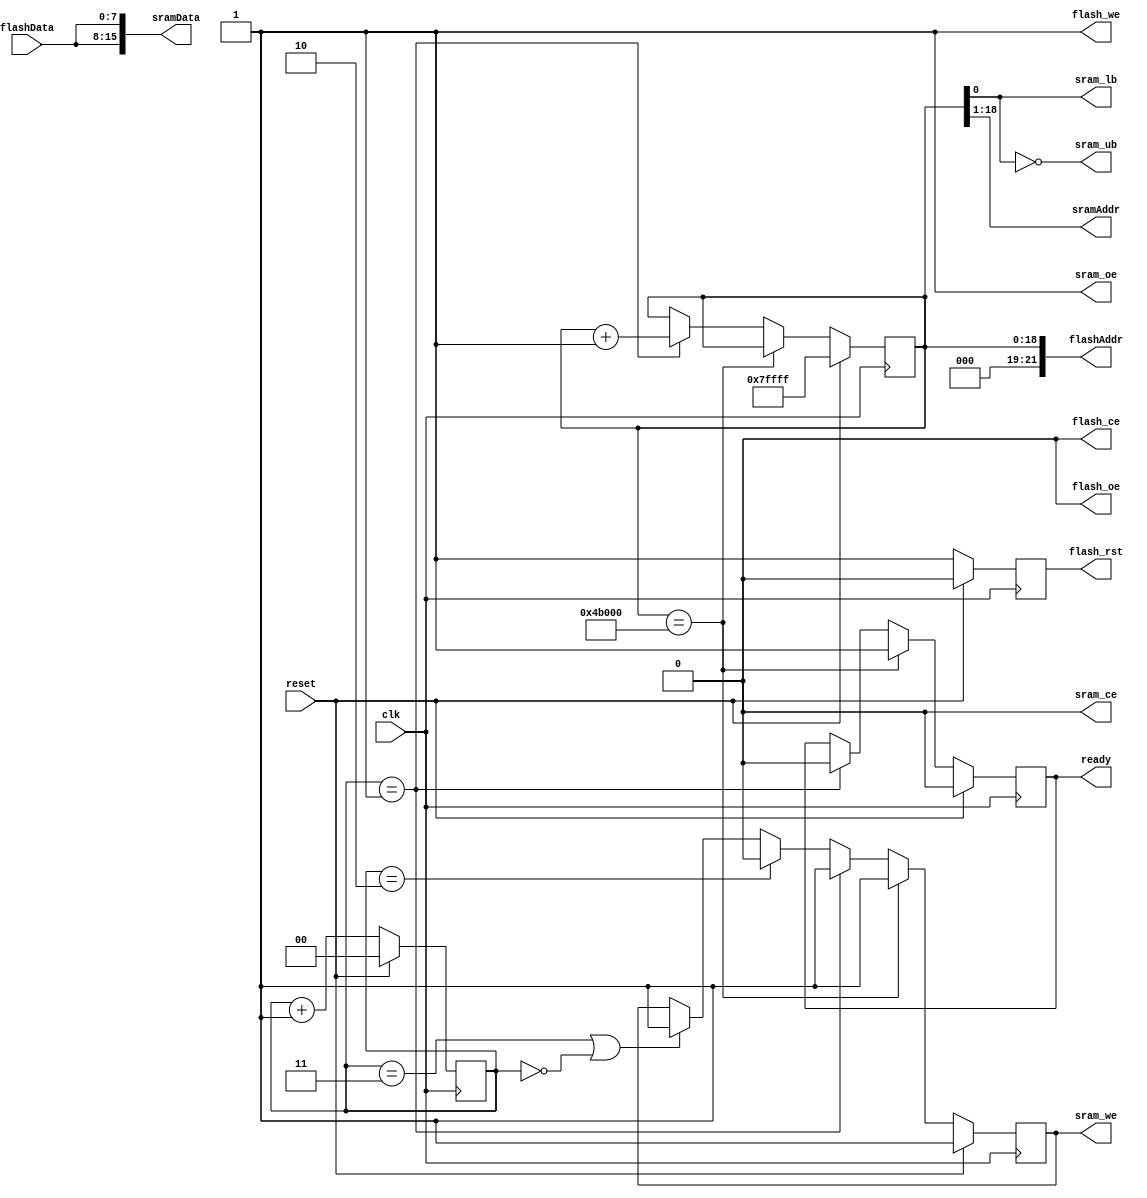
module flash2sram(
    input clk,
    input reset,

    output reg ready,

    // Flash connections
    output [21:0] flashAddr,
    input [7:0] flashData,
    output flash_oe,
    output flash_we,
    output flash_ce,
    output reg flash_rst,

    // SRAM connections
    output [17:0] sramAddr,
    output [15:0] sramData,
    output sram_oe,
    output reg sram_we,
    output sram_ub,
    output sram_lb,
    output sram_ce
);

    reg [18:0] memAddr;

    assign sramAddr = memAddr[18:1];
    assign flashAddr = { 3'b0, memAddr };

    assign sram_oe = 1'b1;
    assign sram_ce = 1'b0;

    assign flash_oe = 1'b0;
    assign flash_we = 1'b1;
    assign flash_ce = 1'b0;

    reg [1:0] counter;
    
    assign sramData = { flashData, flashData };
    assign sram_ub  = ~memAddr[0];
    assign sram_lb  = memAddr[0];

    always @(posedge clk)
    begin
        if (reset) begin 
            counter <= 0;
            flash_rst <= 0;
        end else begin 
            counter <= counter + 2'b1;
            flash_rst <= 1;
        end
    end

    always @(posedge clk)
    begin
        
        if (reset) begin 
            memAddr <= 19'h7FFFF;
            ready <= 0;
            sram_we <= 1'b1;
        end else if (memAddr == 19'd307200) begin 
            ready <= 1;
            sram_we <= 1'b1;
        end else if (counter == 2'b01) begin 
            memAddr <= memAddr + 19'b1;
            ready <= 0;
            sram_we <= 1'b1;
        end else if (counter == 2'b10) begin
            sram_we <= 1'b0;
        end else if (counter == 2'b11 || counter == 2'b00) begin
            sram_we <= 1'b1;
        end
    end

endmodule